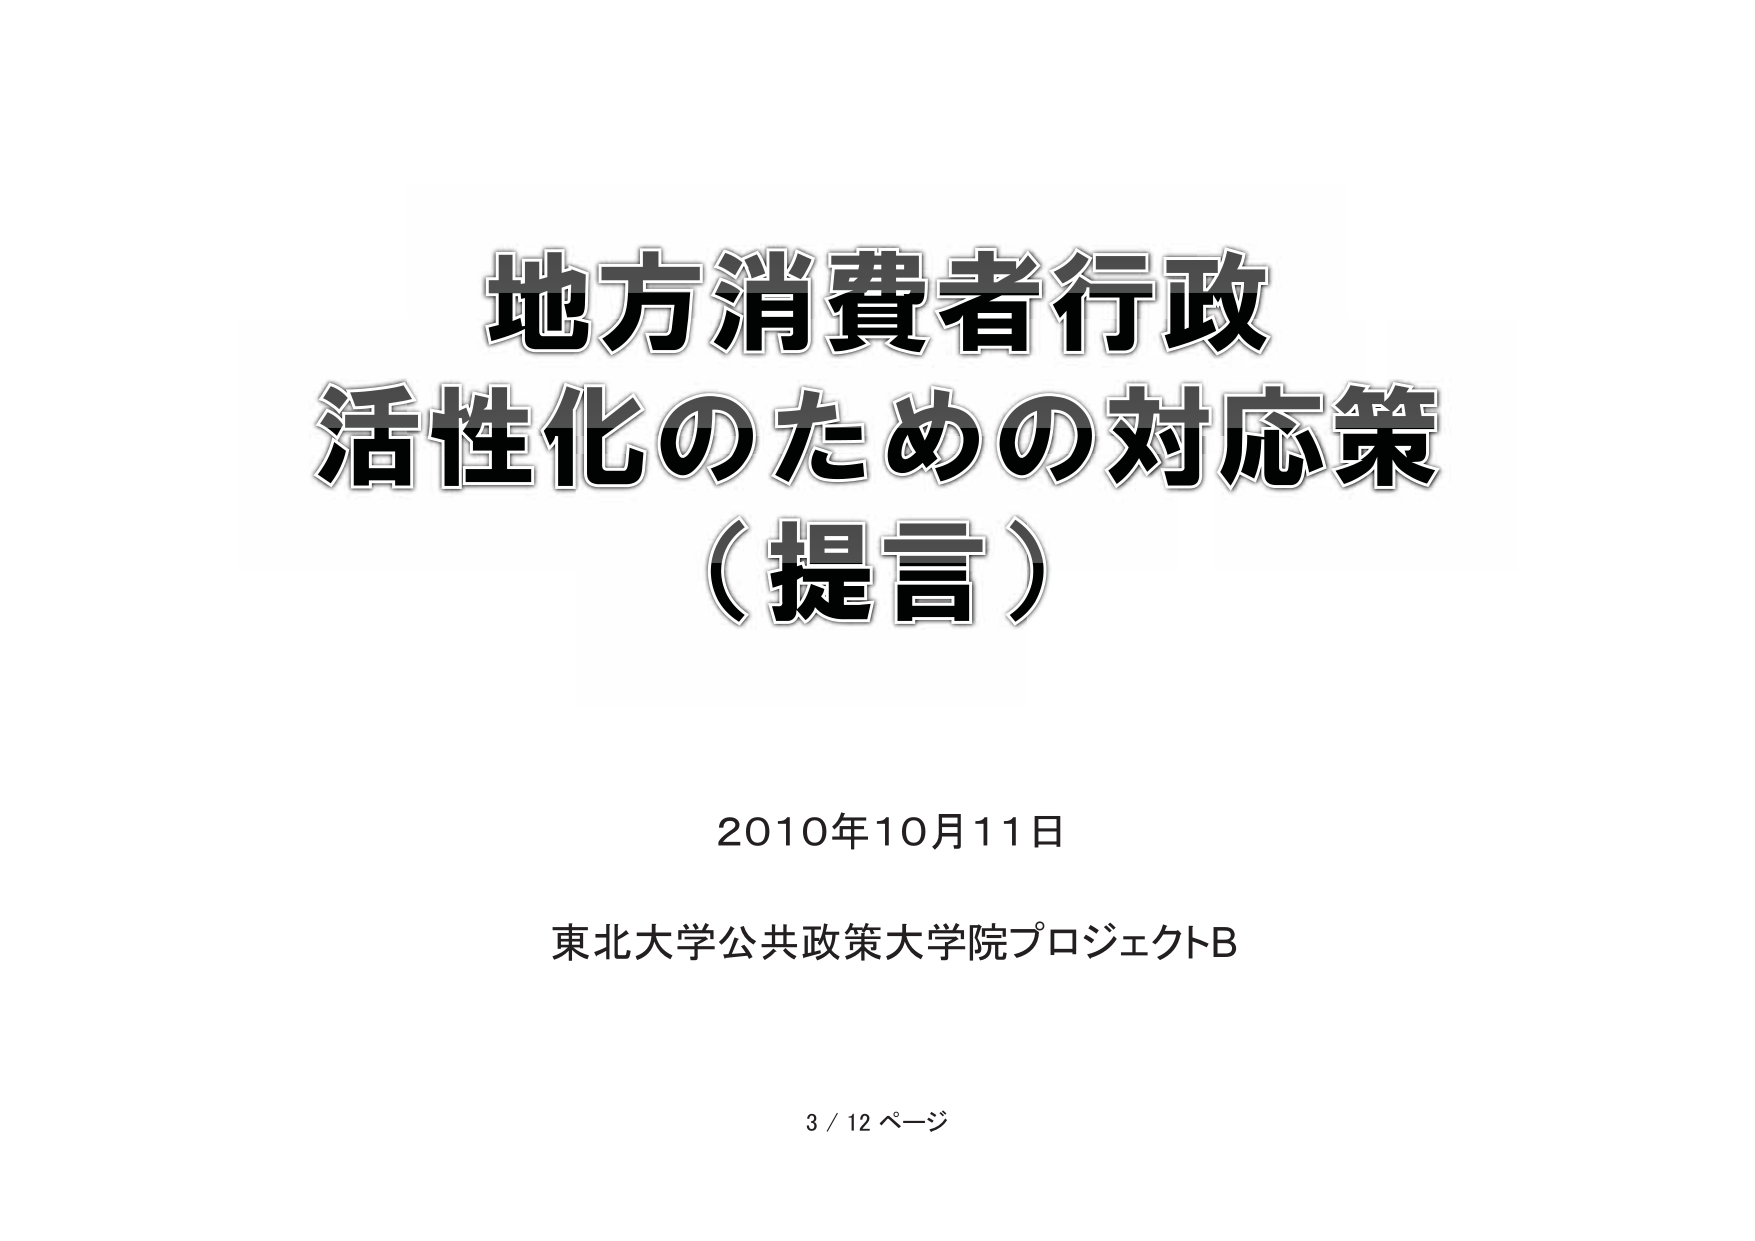
地方消費者行政
活性化のための対応策
（提言）

2010年10月11日
東北大学公共政策大学院プロジェクトB

3 / 12 ページ